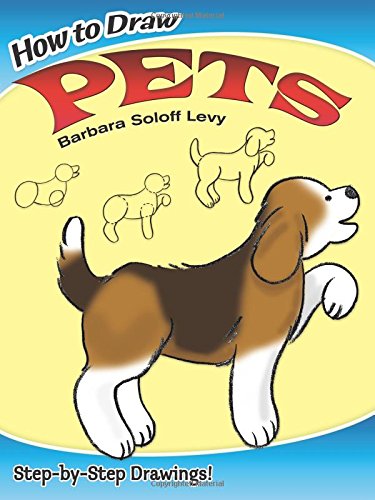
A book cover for How to Draw Pets (Dover How to Draw); Barbara Soloff Levy; Children's Books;